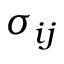
\sigma _ { i j }